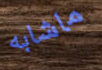
ماشابه